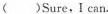
( )Sure,I can.